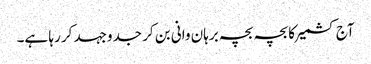
آج کشمیر کا بچہ بچہ برہان وانی بن کر جدوجہد کر رہا ہے۔